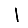
Digit: 1